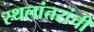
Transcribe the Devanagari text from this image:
स्थलांतरांची